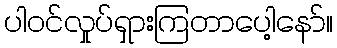
ပါဝင်လှုပ်ရှားကြတာပေါ့နော်။